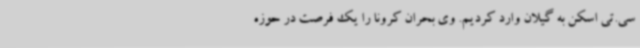
سی.تی اسکن به گیلان وارد کردیم. وی بحران کرونا را یک فرصت در حوزه